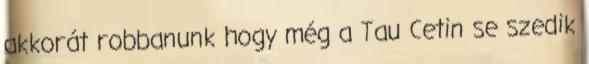
akkorát robbanunk hogy még a Tau Cetin se szedik